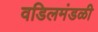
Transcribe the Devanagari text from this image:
वडिलमंडळी